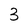
Character: 3